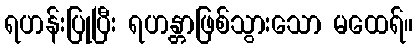
ရဟန်းပြုပြီး ရဟန္တာဖြစ်သွားသော မထေရ်။